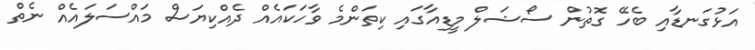
އަޅުގަނޑާއި ބެހޭ ގޮތުން ސޯޝަލް މީޑިއާގައި ކިތަންމެ ވާހަކައެއް ދެއްކިޔަސް މައްސަލައެއް ނެތް